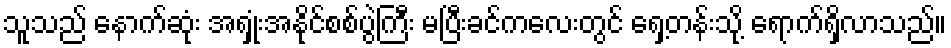
သူသည် နောက်ဆုံး အရှုံးအနိုင်စစ်ပွဲကြီး မပြီးခင်ကလေးတွင် ရှေ့တန်းသို့ ရောက်ရှိလာသည်။